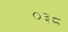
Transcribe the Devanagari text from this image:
०३८